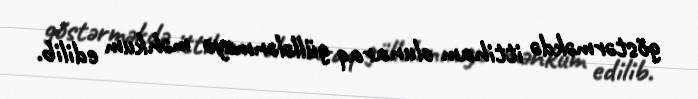
göstərməkdə ittiham olunaraq güllələnməyə məhkum edilib.